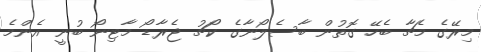
މިރޭގެ މެޗާ ބެހޭ ގޮތުން ބާސެލޯނާގެ ކޯޗު ޖެރާޑޯ މާޓިނޯ ބުނީ އެންމެ